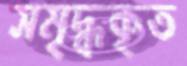
সমৃদ্ধকৃত